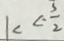
k < - \frac { 3 } { 2 }